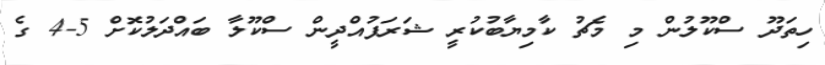
ހިތަދޫ ސްކޫލުން މި މެޗު ކާމިޔާބުކުރީ ޝަރަފުއްދީން ސްކޫލާ ބައްދަލުކޮށް 5-4 ގެ